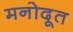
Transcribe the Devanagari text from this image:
मनोदूत